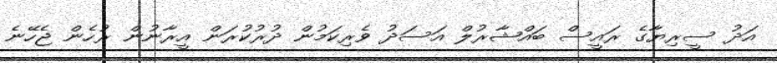
އަދު ސީރިޔާގެ ރައީސް ބައްޝާރުލް އަސަދު ވެރިކަމުން ދުރުކުރަން އީރާނުން ރުހެން ޖެހޭނެ